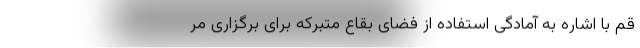
قم با اشاره به آمادگی استفاده از فضای بقاع متبرکه برای برگزاری مر